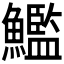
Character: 𩼳